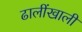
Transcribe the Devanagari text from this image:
ढालींखाली